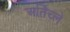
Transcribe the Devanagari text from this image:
अर्तिच्ले